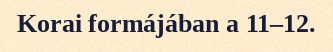
Korai formájában a 11–12.